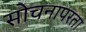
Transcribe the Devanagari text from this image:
सोचनापरता